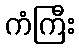
ကံကြီး